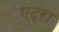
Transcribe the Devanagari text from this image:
एट्रा